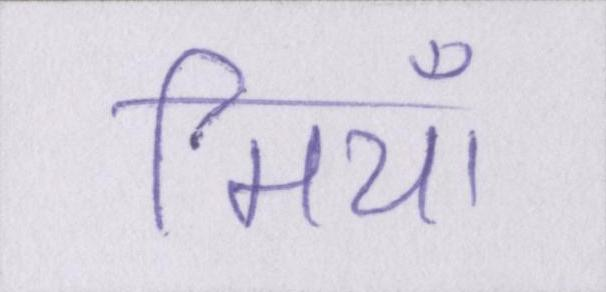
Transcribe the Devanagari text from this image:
मियाँ